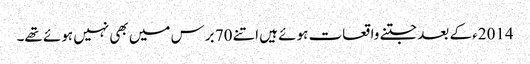
2014ء کے بعد جتنے واقعات ہوئے ہیں اتنے 70 برس میں بھی نہیں ہوئے تھے۔